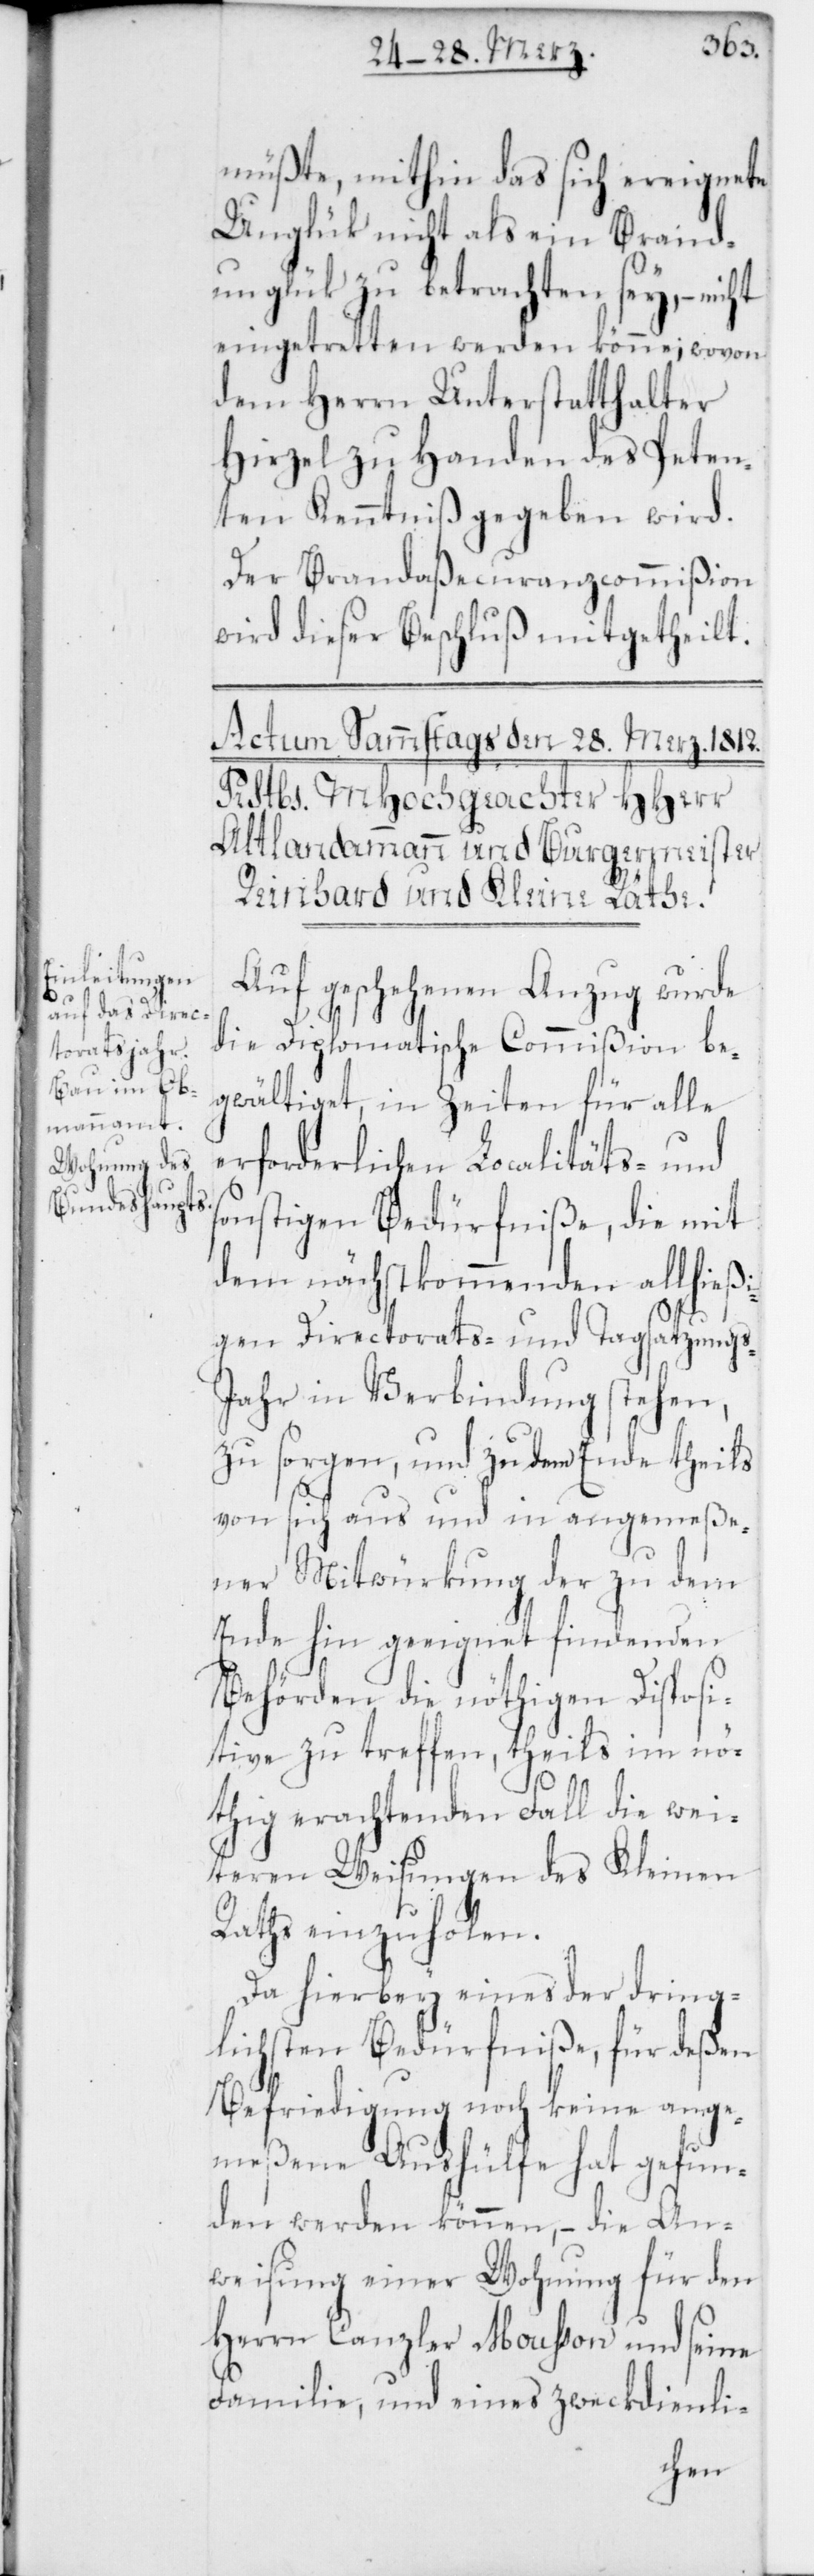
müßte, mithin das sich ereignete
Unglük nicht als ein Brand¬
unglük zu betrachten sey, –
eingetretten werden könne; wovon
dem Herrn Unterstatthalter
Hirzel zu Handen des Peten¬
ten Kenntniß gegeben wird.
Der Brandaßecuranzcommißion
wird dieser Beschluß mitgetheilt.
Auf geschehenen Anzug wurde
die Diplomatische Commißion be¬
gwältiget, in Zeiten für alle
erforderlichen Localitäts- und
sonstigen Bedürfniße, die mit
dem nächstkommenden allhießi¬
gen Directorats- und Tagsatzungs-J¬
ahr in Verbindung stehen,
zu sorgen, und zu dem Ende theils
von sich aus und in angemeße¬
ner Mitwürkung der zu dem
Ende hin geeignet findenden
Behörden die nöthigen Disposi¬
tive zu treffen, theils im nö¬
thig erachtenden Fall die wei¬
teren Weisungen des Kleinen
Raths einzuholen.
Da hierbey eines der dring¬
lichsten Bedürfniße, für deßen
Befriedigung noch keine ange¬
meßene Aushülfe hat gefun¬
den werden können, – die An¬
weisung einer Wohnung für den
Herrn Canzler Moußon und seine
Familie, und eines zweckdienli-